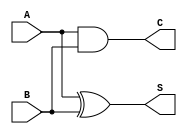
module CurrentModeHalfAdder (
    input wire A, // First input bit (current signal)
    input wire B, // Second input bit (current signal)
    output wire S, // Sum output (current signal)
    output wire C  // Carry output (current signal)
);

// Internal signals
wire A_and_B; // Intermediate signal for carry
wire A_xor_B; // Intermediate signal for sum

// Carry output: C = A AND B
assign A_and_B = A & B; 
assign C = A_and_B;

// Sum output: S = A XOR B
assign A_xor_B = A ^ B;
assign S = A_xor_B;

endmodule